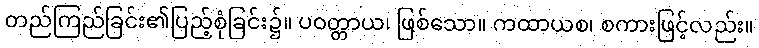
တည်ကြည်ခြင်း၏ပြည့်စုံခြင်း၌။ ပဝတ္တာယ၊ ဖြစ်သော။ ကထာယစ၊ စကားဖြင့်လည်း။